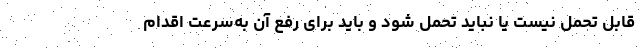
قابل تحمل نیست یا نباید تحمل شود و باید برای رفع آن به‌سرعت اقدام